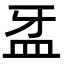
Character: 𥁆